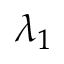
\lambda _ { 1 }